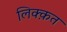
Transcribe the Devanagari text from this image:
लिक्क़त